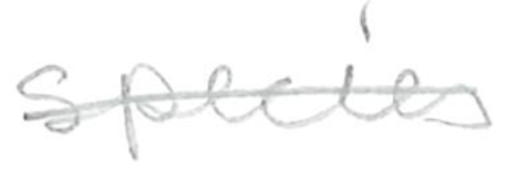
Text: species
Cross-out: single-line
Writing tool: pencil